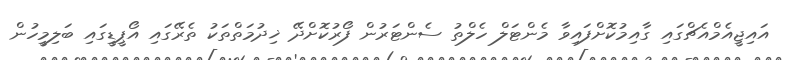
އައިޖީއެމްއެޗްގައި ގާއިމުކޮށްފައިވާ މެންޓަލް ހެލްތު ސެންޓަރުން ފޯރުކޮށްދޭ ޚިދުމަތްތަކު ތެރޭގައި އޯޕީޑީގައި ބަލިމީހުން